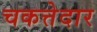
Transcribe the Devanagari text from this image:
चकत्तेदार